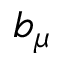
b _ { \mu }